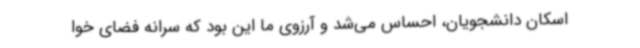
اسکان دانشجویان، احساس می‌شد و آرزوی ما این بود که سرانه فضای خوا